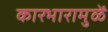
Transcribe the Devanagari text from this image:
कारभारामुळें